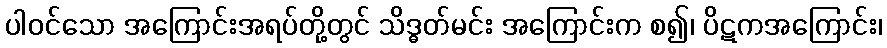
ပါဝင်သော အကြောင်းအရပ်တို့တွင် သိဒ္ဓတ်မင်း အကြောင်းက စ၍၊ ပိဋကအကြောင်း၊